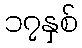
၁၇နှစ်